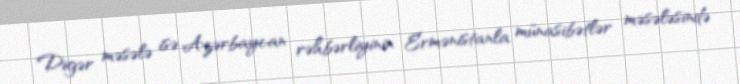
Digər məsələ isə Azərbaycan rəhbərliyinin Ermənistanla münasibətlər məsələsində